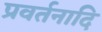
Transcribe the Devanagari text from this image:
प्रवर्तनादि